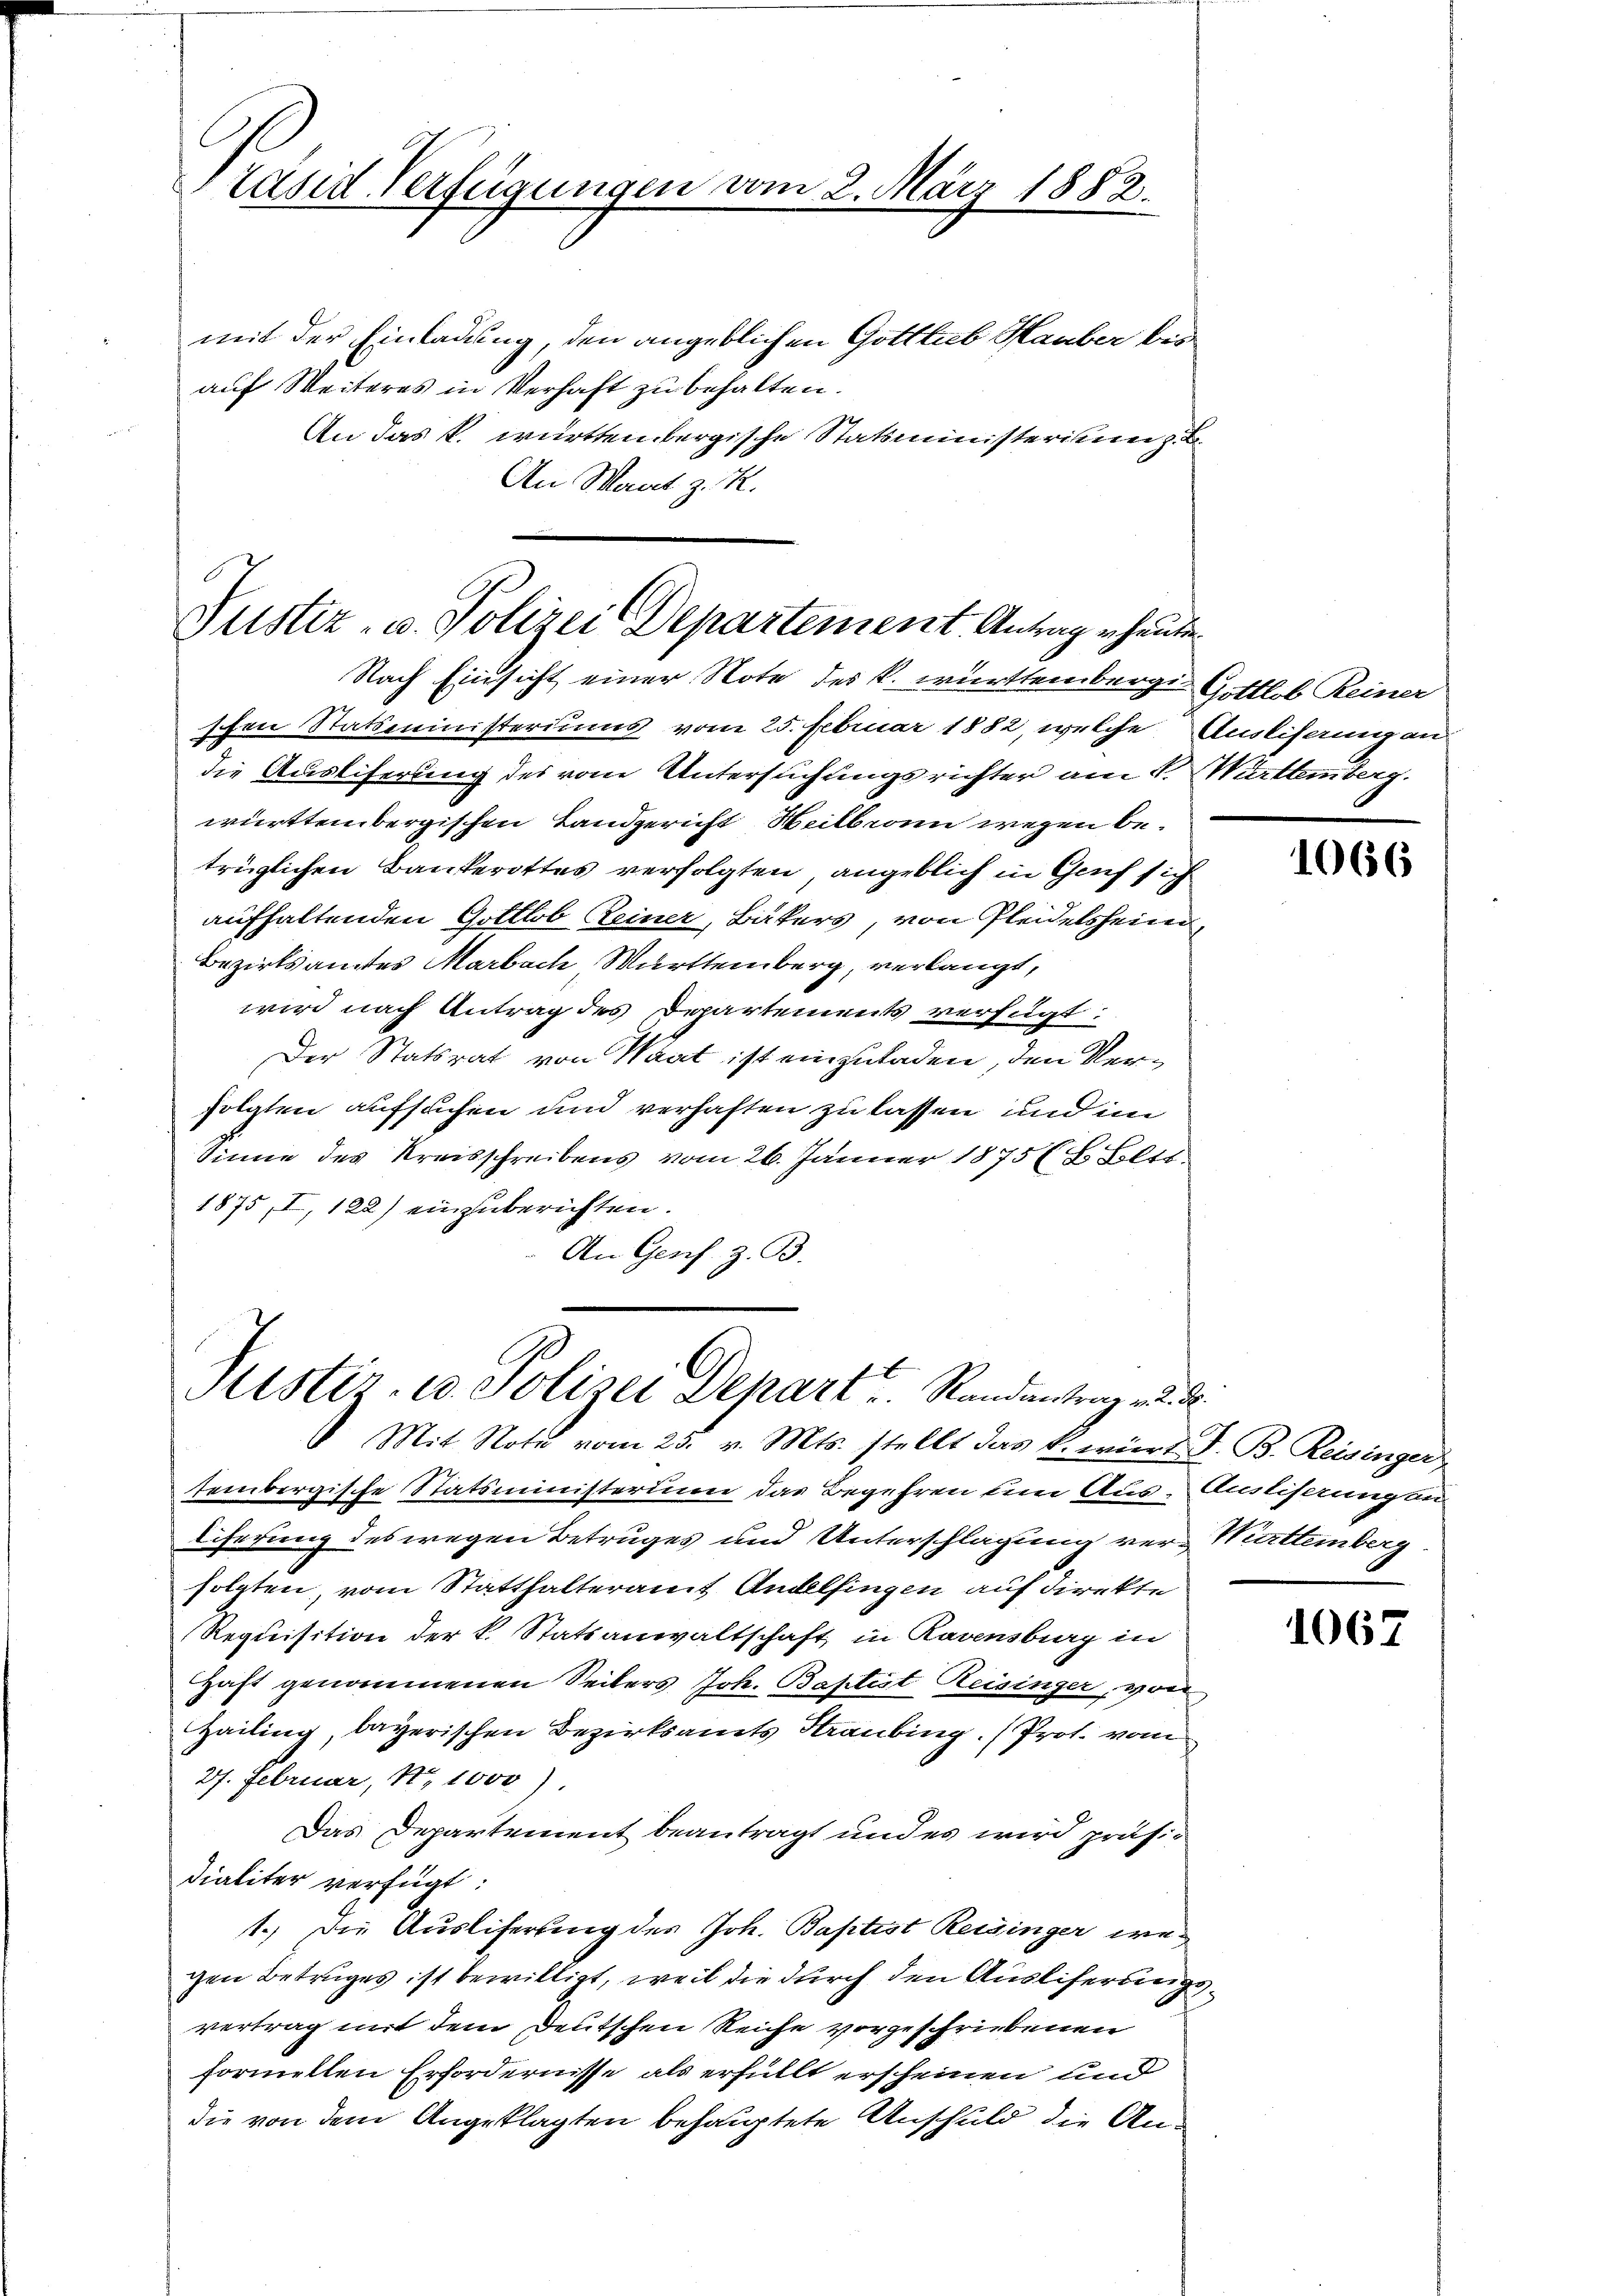
Präsid-Verfügungen vom 2. März 1882.
mit der Einladung, den angeblichen Gottlieb Hauber bei

auf Weiteres in Verhaft zu behalten.
An das k. württenbergische Statsministerien z. B.
An Mart z. K.

Justiz- u. Polizei Departement. Antrag erheiten.

Nach Einsicht einer Note des k. württemberg. Gottlob Reiner
schen Statsministeriums vom 25. Februar 1882, welche Auslifang an
die Ausliferung des vom Untersuchungsrichter am 1. Württemberg.
württembergischen Landgericht Weilbeam wegen betrüglichen Bankerottes verfolgten, angeblich in Genf sich
aufhaltenden Gottlob Reiner, Bäkers, von Fleidelsheim,
Bezirksanstes Marbach Württemberg, verlangt,
wird nach Antrag des Departements verfügt:
Der Statsrat von Waat ist einzuladen, den Verfolgten aufsuchen und verhaften zu lassen und im
Sinne des Kreisschreibens vom 26. Jänner 1875 (8. Bett.
1875, I, 122) einzuberichten.
An Gens. z. B.

Puster. C. Polizei Depart u. Randantrag v. d. d.

Mit Notu vom 25. v. Mts. stellt das k. wird S. B. Reisinger
tembergische Statsministerium das Begehren um Aus- Ausliferungen
liferung des wegen Betruges und Unterschlagung ver-Mitteinberg
folgten, vom Statthalteramt Andelfingen auf direkte
Requisition der k. Statsanwaltschaft, in Ravensburg in
Haft genommenen Seiters Joh. Baptist Reisinger, von
Hailing, bayerischen Bezirksamts Straubing. (Prot. vom
27. Februar, No 1000).
Das Departement beantragt und es wird präsi-
dialiter verfügt:
1.) Die Ausliferung des Joh. Baptist Reisinger wegen Betruges ist bewilligt, weil die durch den Ausliferungsvertrag mit dem Deutschen Reiche vorgeschriebenen
formellen Erfordernisse als erfüllt erscheinen und
die von dem Angeklagten behauptete Anschuld die An¬

1066

1067